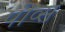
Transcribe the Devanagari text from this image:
पीव्स